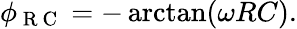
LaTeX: \phi_{\mathrm{~R~C~}}=-\arctan(\omega RC).